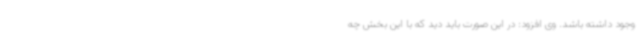
وجود داشته باشد. وی افزود: در این صورت باید دید که با این بخش چه